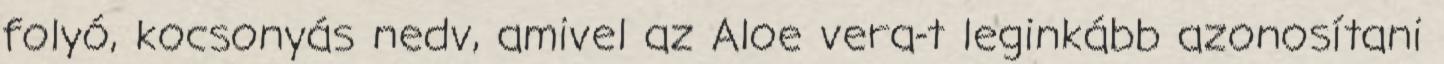
folyó, kocsonyás nedv, amivel az Aloe vera-t leginkább azonosítani